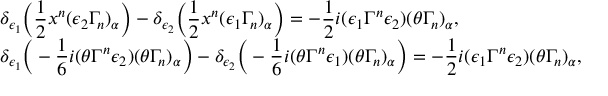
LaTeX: \begin{array} { l } { { \delta _ { \epsilon _ { 1 } } \Big ( \displaystyle \frac 1 2 x ^ { n } ( \epsilon _ { 2 } \Gamma _ { n } ) _ { \alpha } \Big ) - \delta _ { \epsilon _ { 2 } } \Big ( \frac 1 2 x ^ { n } ( \epsilon _ { 1 } \Gamma _ { n } ) _ { \alpha } \Big ) = - \frac 1 2 i ( \epsilon _ { 1 } \Gamma ^ { n } \epsilon _ { 2 } ) ( \theta \Gamma _ { n } ) _ { \alpha } , } } \\ { { \delta _ { \epsilon _ { 1 } } \Big ( - \displaystyle \frac 1 6 i ( \theta \Gamma ^ { n } \epsilon _ { 2 } ) ( \theta \Gamma _ { n } ) _ { \alpha } \Big ) - \delta _ { \epsilon _ { 2 } } \Big ( - \frac 1 6 i ( \theta \Gamma ^ { n } \epsilon _ { 1 } ) ( \theta \Gamma _ { n } ) _ { \alpha } \Big ) = - \frac 1 2 i ( \epsilon _ { 1 } \Gamma ^ { n } \epsilon _ { 2 } ) ( \theta \Gamma _ { n } ) _ { \alpha } , } } \end{array}